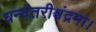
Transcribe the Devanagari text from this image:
धन्वंतरीश्चंद्रमा।